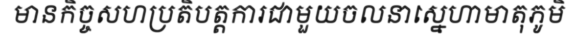
មានកិច្ចសហប្រតិបត្តការជាមួយចលនាស្នេហាមាតុភូមិ